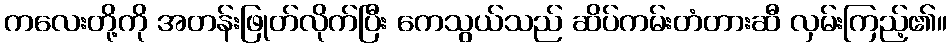
ကလေးတို့ကို အတန်းဖြုတ်လိုက်ပြီး ကေသွယ်သည် ဆိပ်ကမ်းတံတားဆီ လှမ်းကြည့်၏။